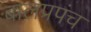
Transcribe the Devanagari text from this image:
बालप्रपंच